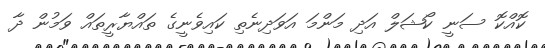
ކޮއްކޮ ސަނީ ކޯޝަލް އަދި މަންމަ އަވަދިނެތި ކައިވެނީގެ ތައްޔާރީތައް ވަމުން ދާ